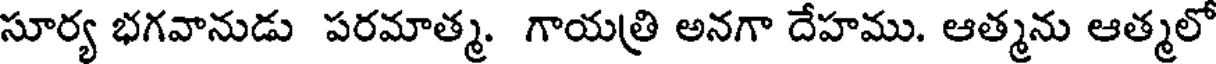
సూర్య భగవానుడు పరమాత్మ. గాయత్రి అనగా దేహము. ఆత్మను ఆత్మలో